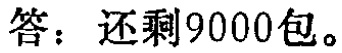
答：还剩9000包。